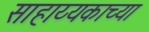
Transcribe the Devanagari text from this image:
साहाय्यकाच्या